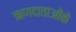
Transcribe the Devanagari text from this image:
ऋणदाताओंके